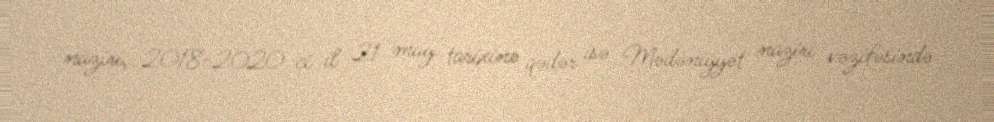
naziri, 2018-2020-ci il 21 may tarixinə qədər isə Mədəniyyət naziri vəzifəsində